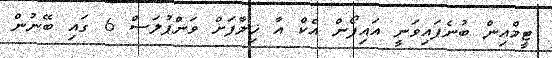
ޓީމްއިން ބުނެފައިވަނީ އައިފޯން އެކް އާ ޚިލާފަށް ވަންޕުލަސް 6 ގައި ބޭނުން